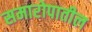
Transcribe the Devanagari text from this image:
समारोपातील